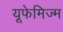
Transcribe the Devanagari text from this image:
यूफेमिज्म